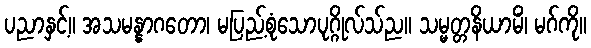
ပညာနှင့်။ အသမန္နာဂတော၊ မပြည့်စုံသောပုဂ္ဂိုလ်သ်ည။ သမ္မတ္တနိယာမိံ၊ မဂ်ကို။